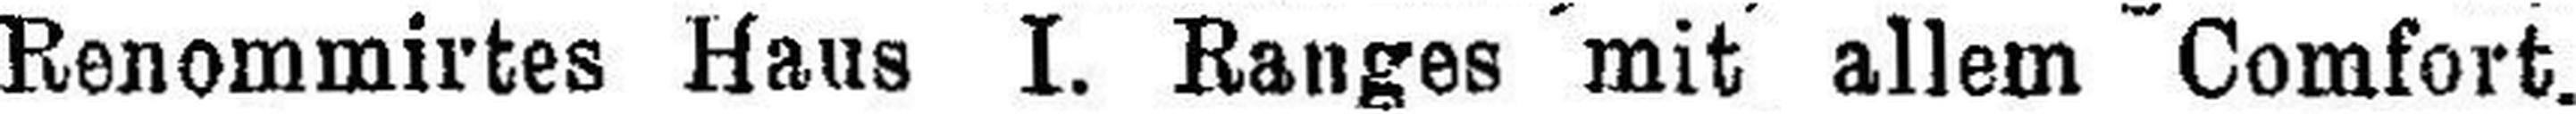
Renommrtes Haus I. Ranges mit allem Comfort.